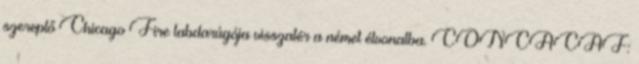
szereplő Chicago Fire labdarúgója visszatér a német élvonalba. CONCACAF: